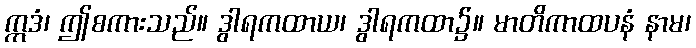
ဣဒံ၊ ဤစကားသည်။ ဒွါရကထာယ၊ ဒွါရကထာ၌။ မာတိကာထပနံ နာမ၊